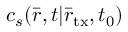
c _ { s } ( \bar { r } , t | { { \bar { r } } _ { \mathrm { t x } } } , { t _ { 0 } } )